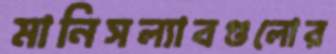
মানিসল্যাবগুলোর